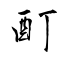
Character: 酊